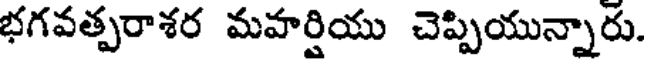
భగవత్పరాశర మహర్షియు చెప్పియున్నారు.